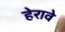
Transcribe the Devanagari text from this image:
हेरावे